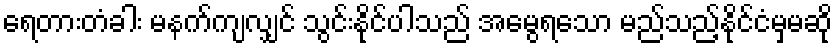
ရေတားတံခါး မနက်ကျလျှင် သွင်းနိုင်ပါသည် အမွေရသော မည်သည့်နိုင်ငံမှမဆို